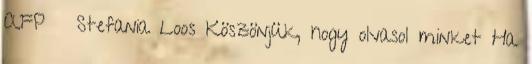
AFP Stefania Loos Köszönjük, hogy olvasol minket Ha